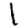
Digit: 1